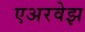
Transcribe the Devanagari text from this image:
एअरवेझ